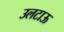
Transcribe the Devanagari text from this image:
उलटाऊ